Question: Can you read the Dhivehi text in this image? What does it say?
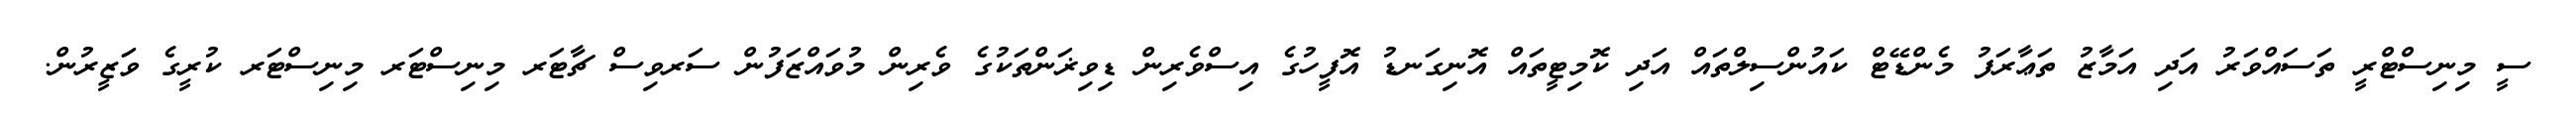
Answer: ސީ މިނިސްޓްރީ ތަސައްވަރު އަދި އަމާޒު ތަޢާރަފު މެންޑޭޓް ކައުންސިލްތައް އަދި ކޮމިޓީތައް އޮނިގަނޑު އޮފީހުގެ އިސްވެރިން ޑިވިޜަންތަކުގެ ވެރިން މުވައްޒަފުން ސަރވިސް ޗާޓަރ މިނިސްޓަރ މިނިސްޓަރ ކުރީގެ ވަޒީރުން.